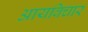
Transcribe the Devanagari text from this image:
आयविचार